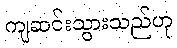
ကျဆင်းသွားသည်ဟု